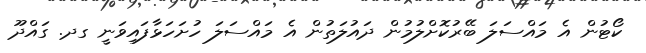
ކޯޓުން އެ މައްސަލަ ބޭރުކޮށްލުމުން ދައުލަތުން އެ މައްސަލަ ހުށަހަޅާފައިވަނީ ގދ. ގައްދޫ